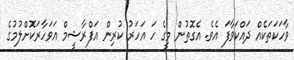
ވާހަކަތަކެއް ދައްކަވާފަ އެވެ. އެގޮތުން މީގެ ހަ އަހަރު ކުރިން އަފްރާޝީމް އަވަހާރަކޮށްލުމުގެ